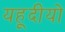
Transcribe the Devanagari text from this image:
यहूदीयो